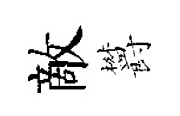
敵欝